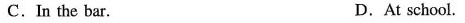
C.In the bar. D.At school.